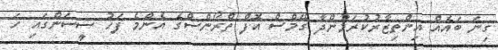
ގިނަ ބައެއް އިންތިޒާރުކުރަމުންދާ ގޭމްސް އޮފް ތްރޯންސްގެ އެންމެ ފަހު ސީސަންގައި ހަ